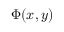
\Phi ( x , y )